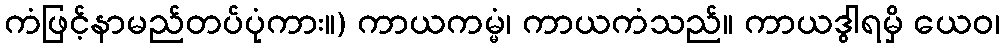
ကံဖြင့်နာမည်တပ်ပုံကား။) ကာယကမ္မံ၊ ကာယကံသည်။ ကာယဒွါရမှိ ယေဝ၊